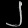
Digit: ၂